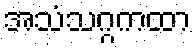
အသံသဂ္ဂကထာ